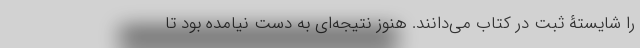
را شایستۀ ثبت در کتاب می‌دانند. هنوز نتیجه‌ای به دست نیامده بود تا